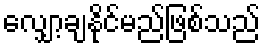
လျှော့ချနိုင်မည်ဖြစ်သည်